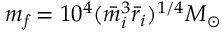
m _ { \it f } = 1 0 ^ { 4 } ( \bar { m } _ { i } ^ { 3 } \bar { r } _ { i } ) ^ { 1 / 4 } M _ { \odot }